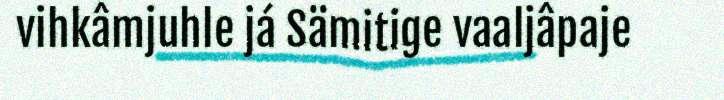
vihkâmjuhle já Sämitige vaaljâpaje